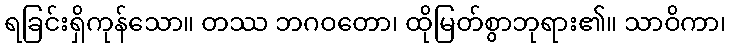
ရခြင်းရှိကုန်သော။ တဿ ဘဂဝတော၊ ထိုမြတ်စွာဘုရား၏။ သာဝိကာ၊